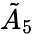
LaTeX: {\tilde{A}}_{5}